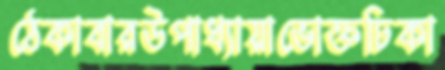
ঠেকাবারউপাধ্যায়াভোক্তঢিকা